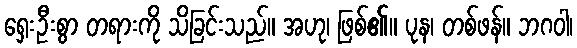
ရှေးဦးစွာ တရားကို သိခြင်းသည်။ အဟု၊ ဖြစ်၏။ ပုန၊ တစ်ဖန်။ ဘဂဝါ၊